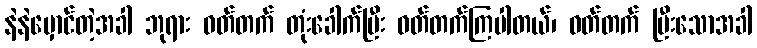
နဲနဲမှောင်တဲ့အခါ ဘုရား ဝတ်တက် တုံးခေါက်ပြီး ဝတ်တက်ကြပါတယ်၊ ဝတ်တက် ပြီးသောအခါ